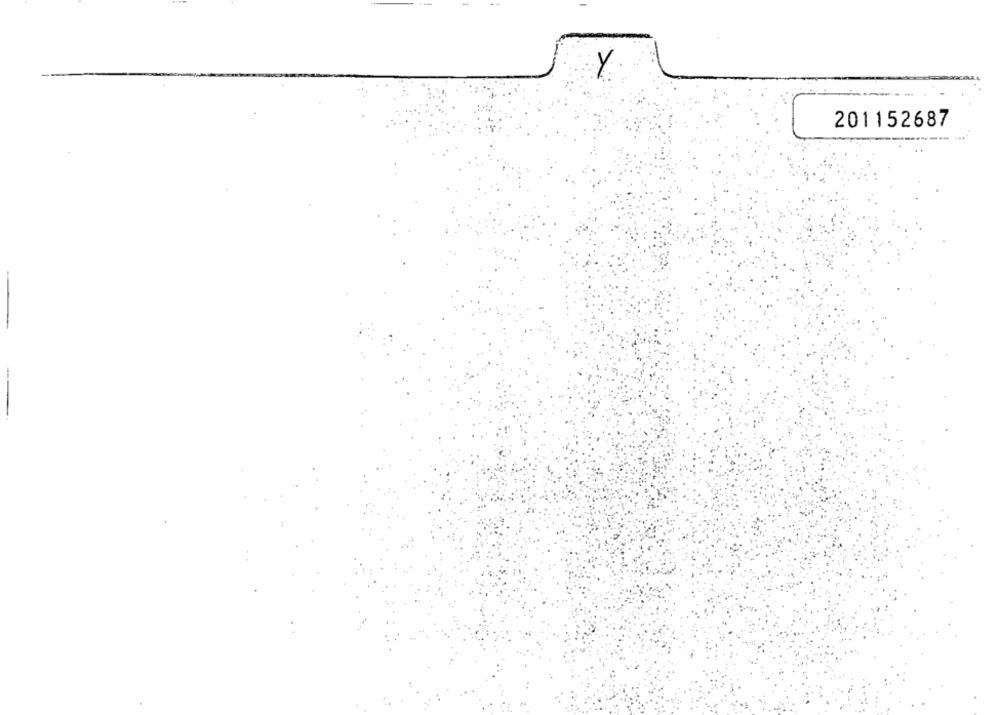
Y
201152687
-